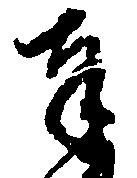
奉